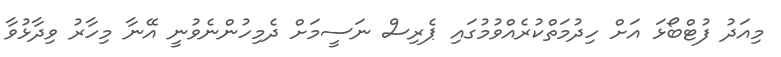
މިއަދު ފުޓްބޯޅަ އަށް ހިދުމަތްކުރެއްވުމުގައި ޕެރިސް ނަސީމަށް ދެމިހުންނެވުނީ އޭނާ މިހާރު ވިދާޅުވާ